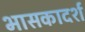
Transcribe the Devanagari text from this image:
भासकादर्श